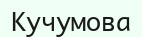
Кучумова